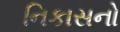
નિકાસનો